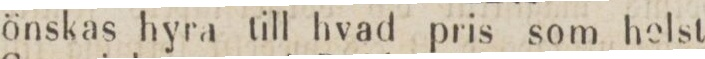
önskas hyra till hvad pris som helst;